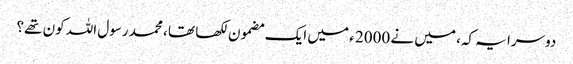
دوسرا یہ کہ، میں نے 2000 ء میں ایک مضمون لکھا تھا ، محمد رسول اللہ کون تھے؟